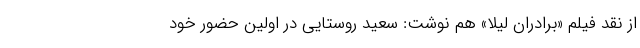
از نقد فیلم «برادران لیلا» هم نوشت: سعید روستایی در اولین حضور خود